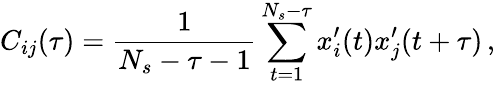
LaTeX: C_{ij}(\tau)=\frac{1}{N_{s}-\tau-1}\sum_{t=1}^{N_{s}-\tau}x_{i}^{\prime}(t)x_{j}^{\prime}(t+\tau)\, ,